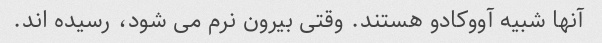
آنها شبیه آووکادو هستند. وقتی بیرون نرم می شود، رسیده اند.